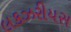
લકઝરીયસ